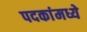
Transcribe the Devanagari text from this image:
पदकांमध्ये